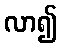
လာ၍